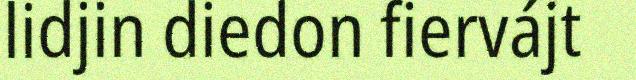
lidjin diedon fiervájt